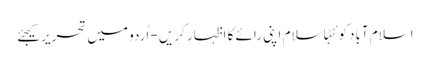
اسلام آبادکوئٹہاسلام اپنی رائے کا اظہار کریں - اُردو میں تحریر کیجئے